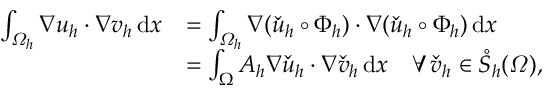
\begin{array} { r l } { \int _ { \varOmega _ { h } } \nabla u _ { h } \cdot \nabla v _ { h } \, \mathrm { d } x } & { = \int _ { \varOmega _ { h } } \nabla ( \check { u } _ { h } \circ \Phi _ { h } ) \cdot \nabla ( \check { u } _ { h } \circ \Phi _ { h } ) \, \mathrm { d } x } \\ & { = \int _ { \Omega } A _ { h } \nabla \check { u } _ { h } \cdot \nabla \check { v } _ { h } \, \mathrm { d } x \quad \forall \, \check { v } _ { h } \in \mathring S _ { h } ( \varOmega ) , } \end{array}